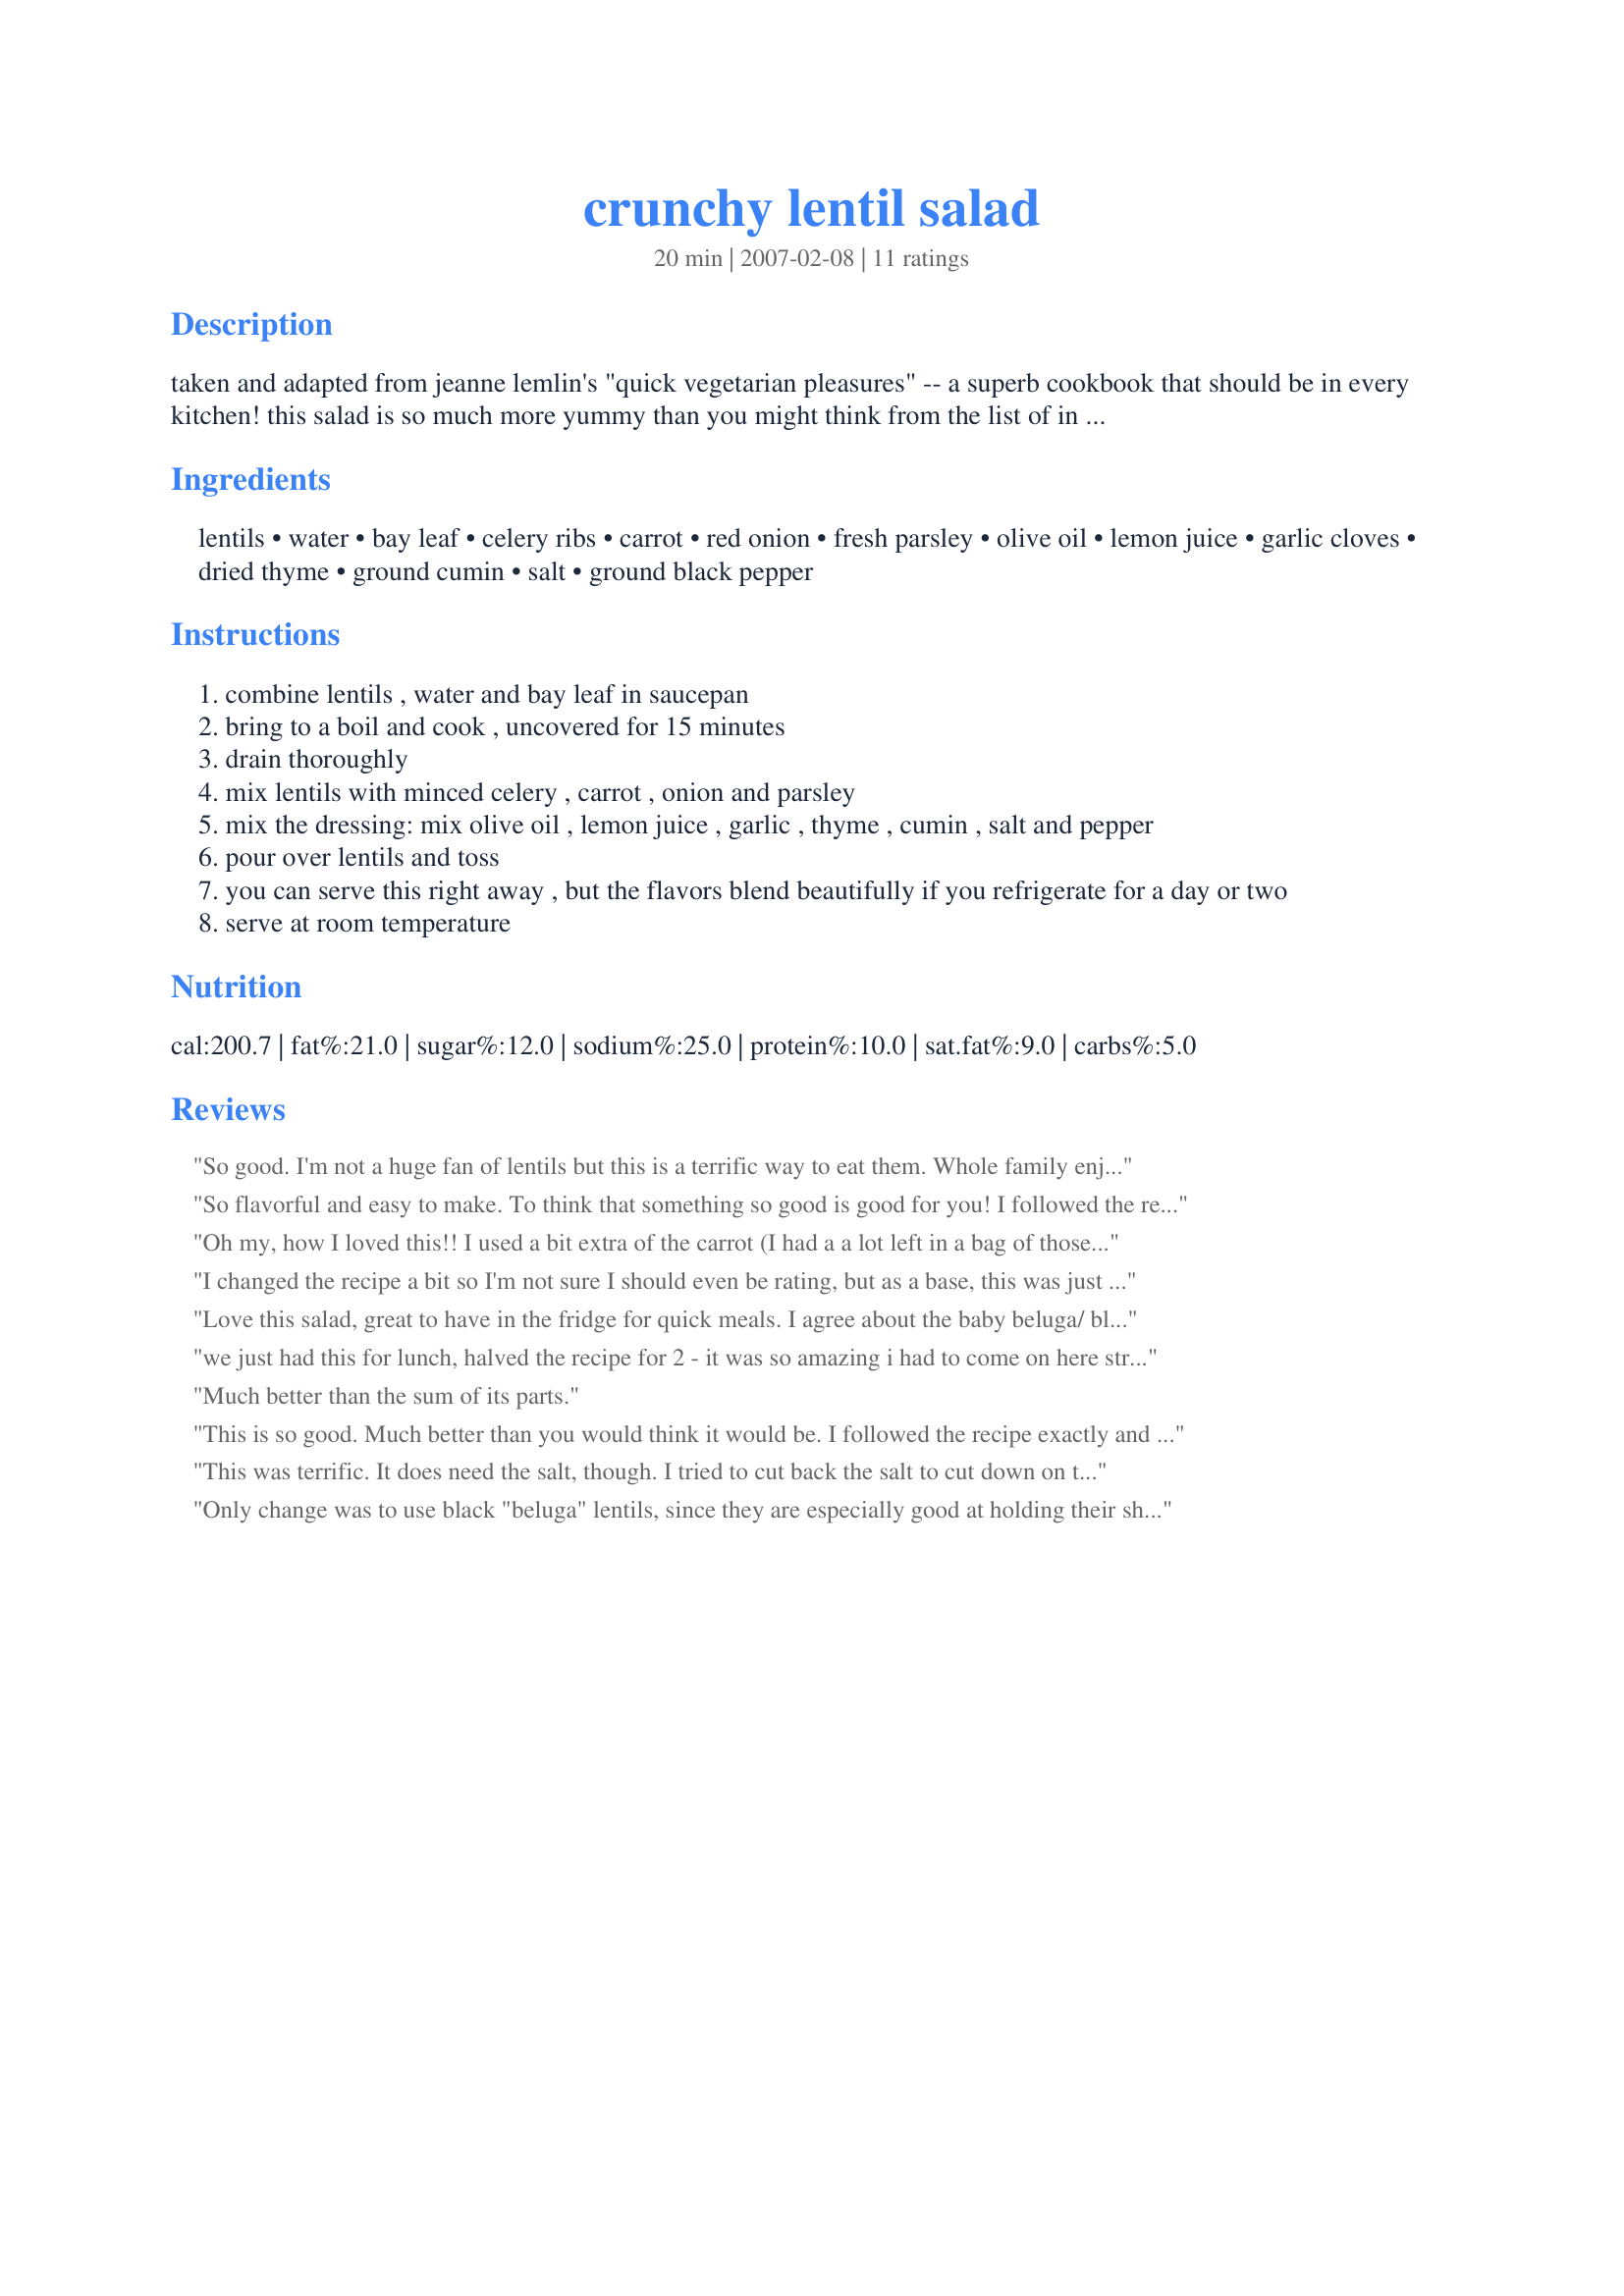
crunchy lentil salad
Preparation time: 20 minutes

taken and adapted from jeanne lemlin's "quick vegetarian pleasures" -- a superb cookbook that should be in every kitchen! this salad is so much more yummy than you might think from the list of in gredients ....

Ingredients:
lentils, water, bay leaf, celery ribs, carrot, red onion, fresh parsley, olive oil, lemon juice, garlic cloves, dried thyme, ground cumin, salt, ground black pepper

Steps:
combine lentils , water and bay leaf in saucepan
bring to a boil and cook , uncovered for 15 minutes
drain thoroughly
mix lentils with minced celery , carrot , onion and parsley
mix the dressing: mix olive oil , lemon juice , garlic , thyme , cumin , salt and pepper
pour over lentils and toss
you can serve this right away , but the flavors blend beautifully if you refrigerate for a day or two
serve at room temperature

Reviews:
So good. I'm not a huge fan of lentils but this is a terrific way to eat them. Whole family enjoyed and a very balanced meatless meal. Thanks for sharing! Made for ZWT3
So flavorful and easy to make. To think that something so good is good for you! I followed the recipe exact and used the full 2 teaspoons of salt. The olive oil I used was basil infused, which only enhanced the already great flavors. This one is a keeper. Thanks for posting a great recipe!
Oh my, how I loved this!! I used a bit extra of the carrot (I had a a lot left in a bag of those baby carrots so I diced up the whole bunch very fine; did not really measure)- the rest I added as suggested (the colors were lovely - orange, green and purple/red) I used sea-salt (I find that works nicely in any salad if using salt at all) What a great recipe...I loved the "crunch" of the veggies and the flavors of the spices, juice, herbs and oil are wonderful with the lentils. I knew I would like this but I was surprised just how much!!! - Amazingly good... special yet simple...a definite pleasure! Thanks so much for sharing!!!
I changed the recipe a bit so I'm not sure I should even be rating, but as a base, this was just wonderful. I left out the cumin (personal preference) and added in a yellow bell pepper and a cucumber. I grated the carrot and fine-diced everything else and the result was great.
Love this salad, great to have in the fridge for quick meals.
I agree about the baby beluga/ black lentils-- they are perfect for this. Colors are festive, and the black lentils hold their shape so well. Trader Joes has excellent precooked baby belugas which make the recipe even faster & easier. After letting the salad marinate overnight in the fridge, I corrected the seasoning with lots more lemon juice and more cumin. I would never had thought to use cumin, but it's PERFECT and brings the whole dish together. Great salad, looks festive over baby greens. Now a staple!
we just had this for lunch, halved the recipe for 2 - it was so amazing i had to come on here straight away to say thank you! wonderful salad, easy to make a single serving too. i didnt have any thyme so i added a little dried chives and a pinch of nutmeg. it was truly delicious!!
Much better than the sum of its parts.
This is so good. Much better than you would think it would be. I followed the recipe exactly and it was wonderful. I chopped everything in my mini- chopper.
This was terrific. It does need the salt, though. I tried to cut back the salt to cut down on the sodium, but it was too bland -- I ended up adding nearly 2 full teaspoons. Made all the difference. This is a definite keeper.
Only change was to use black "beluga" lentils, since they are especially good at holding their shape and the color "pops" against the orange of the carrot and green of the celery. ice vinaigrette (although I did cut back a bit on the garlic). Excellent to take to a picnic or potluck. Thanks!
Very good salad. I served it over mixed greens. I cut the garlic down ...I love garlic but it doesn't love me. Easy lunch.
